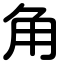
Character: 角